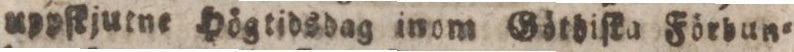
uppſkjutne Högtidsdag inom Götdiſka Förbun=